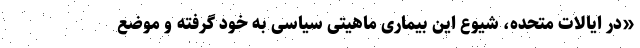
«در ایالات متحده، شیوع این بیماری ماهیتی سیاسی به خود گرفته و موضع